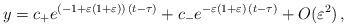
LaTeX: \begin{align*} y= c_{+} e^{ ( - 1 + \varepsilon (1 + \varepsilon)) \, ( t - \tau ) } + c_{-} e^{-\varepsilon(1+\varepsilon)\, (t-\tau)} + O(\varepsilon^2) \,,\end{align*}